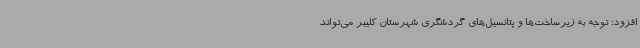
افزود: توجه به زیرساخت‌ها و پتانسیل‌های گردشگری شهرستان کلیبر می‌تواند